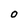
Character: 0